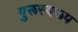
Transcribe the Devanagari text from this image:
गुरूस्वरूप